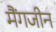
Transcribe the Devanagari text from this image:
मैंगजीन